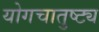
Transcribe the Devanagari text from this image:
योगचातुष्ट्य